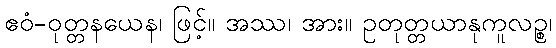
ဧဝံ-ဝုတ္တနယေန၊ ဖြင့်။ အဿ၊ အား။ ဥတုတ္တယာနုကူလဉ္စ၊